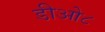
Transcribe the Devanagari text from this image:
डीओ८